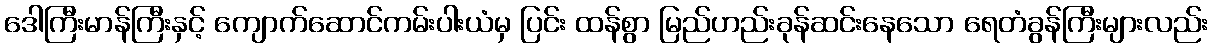
ဒေါကြီးမာန်ကြီးနှင့် ကျောက်ဆောင်ကမ်းပါးယံမှ ပြင်း ထန်စွာ မြည်ဟည်းခုန်ဆင်းနေသော ရေတံခွန်ကြီးများလည်း